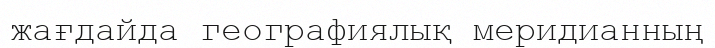
жағдайда географиялық меридианның